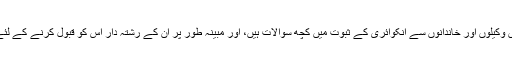
سول عدالتوں میں وکیلوں اور خاندانوں سے انکوائری کے ثبوت میں کچھ سوالات ہیں، اور مبینہ طور پر ان کے رشتہ دار اس کو قبول کرنے کے لئے رضامند تھے۔